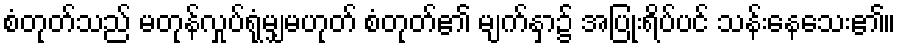
စံတုတ်သည် မတုန်လှုပ်ရုံမျှမဟုတ် စံတုတ်၏ မျက်နှာ၌ အပြုံးရိပ်ပင် သန်းနေသေး၏။